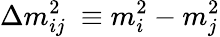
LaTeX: \Delta m_{ij}^{2}\ \equiv m_{i}^{2}-m_{j}^{2}